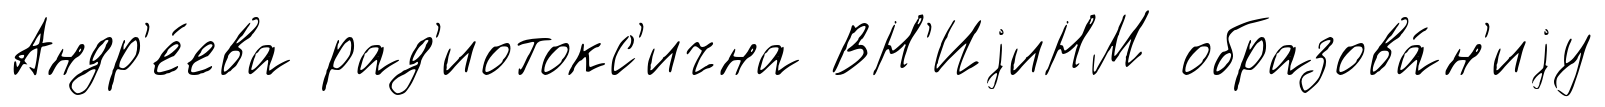
Андр'е́ева рад'иотокс'ична ВН'ИjиНМ образова́н'иjу